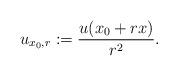
LaTeX: \begin{align*}u_{x_0,r}:=\frac{u(x_0+rx)}{r^2}.\end{align*}